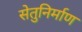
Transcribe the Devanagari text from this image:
सेतुनिर्माण